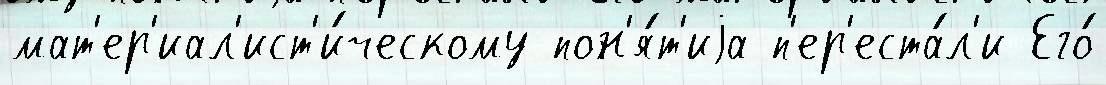
мат'ер'иал'ист'и́ческому пон'я́т'иjа п'ер'еста́л'и Его́